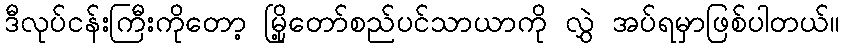
ဒီလုပ်ငန်းကြီးကိုတော့ မြို့တော်စည်ပင်သာယာကို လွှဲ အပ်ရမှာဖြစ်ပါတယ်။